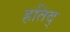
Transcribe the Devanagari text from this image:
हतिद्